Annual administration report of the Bombay Presidency - 1887-1892
Year: 1887
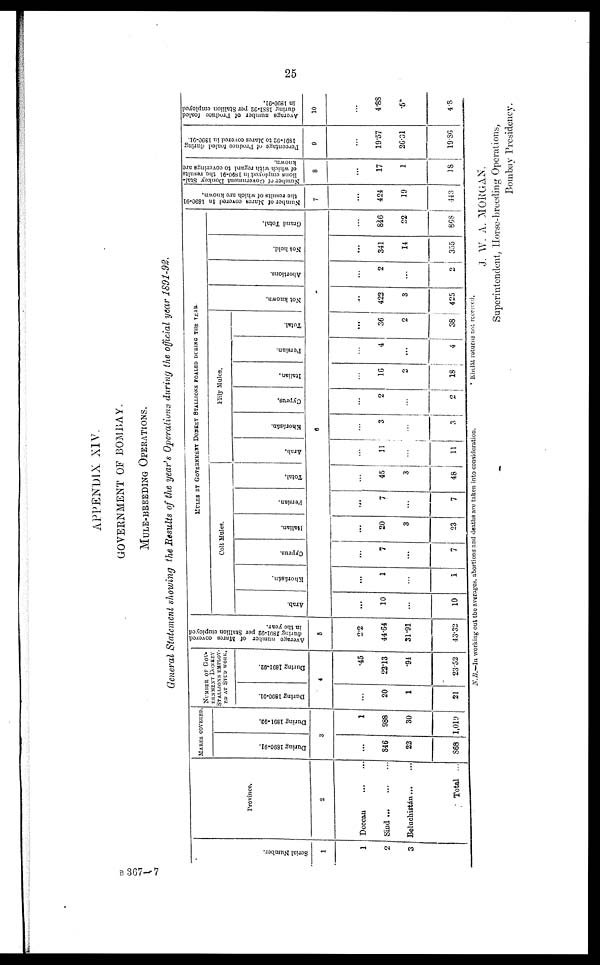
25
APPENDIX XIV.
GOVERNMENT OF BOMBAY.
MULE-BREEDING OPERATIONS.
General Statement showing the Results of the year's Operations during the official year 1891-92.
Ser i al Numbe r
.
1
1
2
3
Province.
2
Deccan ... ...
Sind ... ... ...
Beluchistán ... ...
Total ...
MARES COVERED.
Dur i
ng 1890- 91. Dur i
ng 1891- 92.
3
...
846
22
S68
1
988
30
1,019
NUMBER OF GOV-
ERNMENT DONKEY
STALLIONS EMPLOY-
ED AT STUD WORK.
During 1890-91.
During 1891-92.
4
...
20
1
21
45
22.13
94
23.52
Average, number of Mares covered
during 1891-92
per Stallion employed
in the year.
5
2.2
44.64
31.91
43.32
MULES BY GOVERNMENT DONKEY STALLIONS FOALED DURING THE YEAR.
Colt Mules.
Arab.
Khorásán.
Cyprus.
Italian.
Persian.
Total.
Fitly Mules.
Arab.
Khorásán.
Cyprus.
Italian.
Porsian.
Total.
Not known. Abor t
i
ons .
Not hel d.
Gr a nd Tot al .
6
...
10
...
10
...
1
...
1
...
7
...
7
...
20
3
23
...
7
...
7
...
45
3
48
...
11
...
11
...
3
...
3
...
2
...
2
...
16
2
...
18
...
4
...
4
...
36
2
38
...
422
3
425
...
2
...
2
...
341
14
355
...
846
22
868
Number of Mares
covered In 1890-91
the results of which are known.
7
...
424
19
443
Number of Government Donkey Stal-
lions employed in 1890-91
the results
of which with regard to coverings are
known.
8
...
17
1
18
Percentage of Produce foaled during
1891-92
to Mares covered in 1890-91.
9
...
19.57
26.31
19.86
Average number of Produce foaled
during 1881-92
per Stallion employed
in 1890-91.
10
...
4.88
5*
4.8
N.B.—In working out the averages, abortions and deaths are taken into consideration.
Khelál returns not received.
J. W. A. MORGAN,
Superintendent, Horse-breeding Operations,
Bombay Presidency.
B 367—7